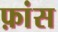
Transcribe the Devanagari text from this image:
फ़ांस